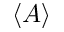
\langle { A } \rangle